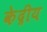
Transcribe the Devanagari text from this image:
के॓द्रीय